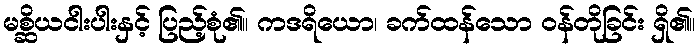
မစ္ဆိယငါးပါးနှင့် ပြည့်စုံ၏။ ကဒရိယော၊ ခက်ထန်သော ဝန်တိုခြင်း ရှိ၏။